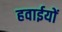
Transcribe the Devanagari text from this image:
हवाईयों